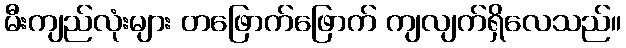
မီးကျည်လုံးများ တဖြောက်ဖြောက် ကျလျက်ရှိလေသည်။